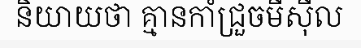
និយាយថា គ្មានកាំជ្រួចមីស៊ីល